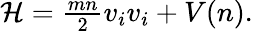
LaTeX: \begin{array}{r}{\mathcal{H}=\frac{mn}{2}v_{i}v_{i}+V(n).}\end{array}